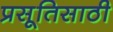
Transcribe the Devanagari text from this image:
प्रसूतिसाठी